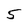
Character: 5